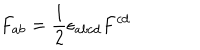
F _ { a b } = { \frac { 1 } { 2 } } \epsilon _ { a b c d } F ^ { c d }